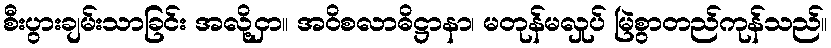
စီးပွားချမ်းသာခြင်း အလို့ငှာ။ အဝိစလာဓိဋ္ဌာနာ၊ မတုန်မလှုပ် မြဲစွာတည်ကုန်သည်။